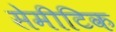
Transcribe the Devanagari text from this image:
सेमीटिक